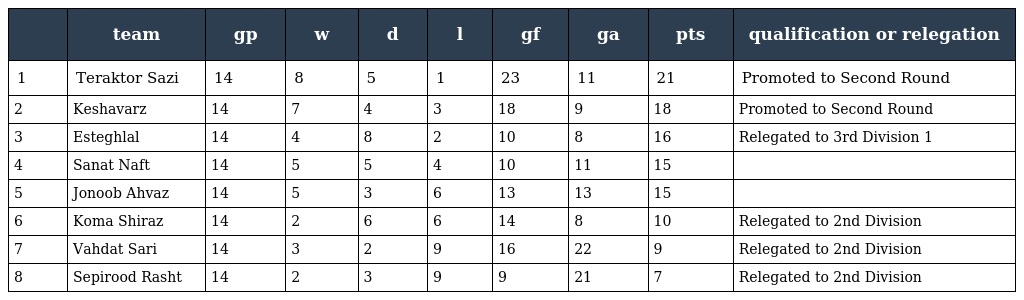
|  | team | gp | w | d | l | gf | ga | pts | qualification or relegation |
 | --- | --- | --- | --- | --- | --- | --- | --- | --- | --- |
 | 1 | Teraktor Sazi | 14 | 8 | 5 | 1 | 23 | 11 | 21 | Promoted to Second Round |
 | 2 | Keshavarz | 14 | 7 | 4 | 3 | 18 | 9 | 18 | Promoted to Second Round |
 | 3 | Esteghlal | 14 | 4 | 8 | 2 | 10 | 8 | 16 | Relegated to 3rd Division 1 |
 | 4 | Sanat Naft | 14 | 5 | 5 | 4 | 10 | 11 | 15 |  |
 | 5 | Jonoob Ahvaz | 14 | 5 | 3 | 6 | 13 | 13 | 15 |  |
 | 6 | Koma Shiraz | 14 | 2 | 6 | 6 | 14 | 8 | 10 | Relegated to 2nd Division |
 | 7 | Vahdat Sari | 14 | 3 | 2 | 9 | 16 | 22 | 9 | Relegated to 2nd Division |
 | 8 | Sepirood Rasht | 14 | 2 | 3 | 9 | 9 | 21 | 7 | Relegated to 2nd Division |